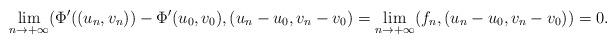
LaTeX: \begin{align*}\underset{n\rightarrow +\infty }{\lim }(\Phi ^{\prime }((u_{n},v_{n}))-\Phi^{\prime }(u_{0},v_{0}),(u_{n}-u_{0},v_{n}-v_{0})=\underset{n\rightarrow+\infty }{\lim }(f_{n},(u_{n}-u_{0},v_{n}-v_{0}))=0. \end{align*}